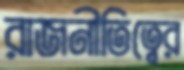
রাজনীতিত্বের